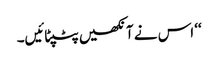
‘‘ اس نے آنکھیں پٹپٹائیں۔